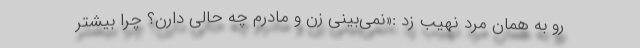
رو به همان مرد نهیب زد :«نمی‌بینی زن و مادرم چه حالی دارن؟ چرا بیشتر